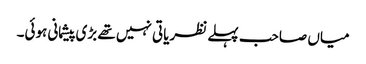
میاں صاحب پہلے نظریاتی نہیں تھے بڑی پیشمانی ہوئی۔